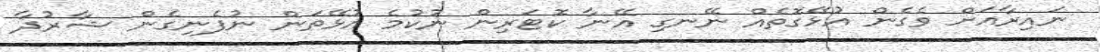
ނައިރާއަށް ވެގެން އުޅޭގޮތެއް ނޭނގި އޭނާ ކޮޓަރިން ނުކުމެ އުޅޭތަން ނުފެނިގެން ޝާރުދާ